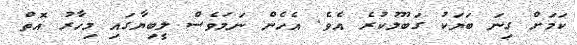
ކަމަށް ގިނަ ބަޔަކު ގަބޫލުކުރެ އެވެ. އެހެން ނަމަވެސް ލީބިޔާގައި މިހާރު އޮތް